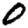
Digit: 0